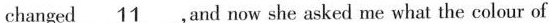
changed \underline{11}, and now she asked me what the colour of